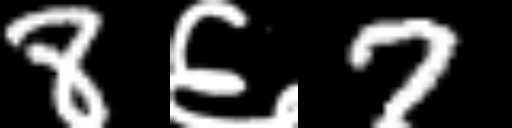
Text: 8६7